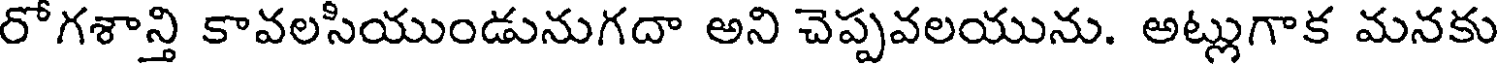
రోగశాన్తి కావలసియుండునుగదా అని చెప్పవలయును. అట్లుగాక మనకు